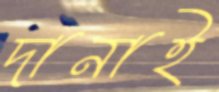
দানাই